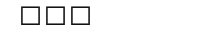
١٤٢